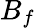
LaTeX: B_{f}